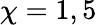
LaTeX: \chi=1,5